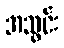
အသွင်း